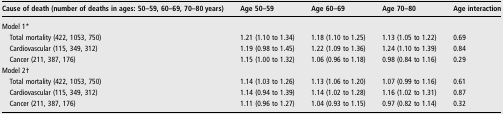
<table><thead><tr><td><b>Cause of death (number of deaths in ages: 50–59, 60–69, 70–80 years)</b></td><td><b>Age 50–59</b></td><td><b>Age 60–69</b></td><td><b>Age 70–80</b></td><td><b>Age interaction</b></td></tr></thead><tbody><tr><td colspan="5">Model 1*</td></tr><tr><td> Total mortality (422, 1053, 750)</td><td>1.21 (1.10 to 1.34)</td><td>1.18 (1.10 to 1.25)</td><td>1.13 (1.05 to 1.22)</td><td>0.69</td></tr><tr><td> Cardiovascular (115, 349, 312)</td><td>1.19 (0.98 to 1.45)</td><td>1.22 (1.09 to 1.36)</td><td>1.24 (1.10 to 1.39)</td><td>0.84</td></tr><tr><td> Cancer (211, 387, 176)</td><td>1.15 (1.00 to 1.32)</td><td>1.06 (0.96 to 1.18)</td><td>0.98 (0.84 to 1.16)</td><td>0.29</td></tr><tr><td colspan="5">Model 2†</td></tr><tr><td> Total mortality (422, 1053, 750)</td><td>1.14 (1.03 to 1.26)</td><td>1.13 (1.06 to 1.20)</td><td>1.07 (0.99 to 1.16)</td><td>0.61</td></tr><tr><td> Cardiovascular (115, 349, 312)</td><td>1.14 (0.94 to 1.39)</td><td>1.14 (1.02 to 1.28)</td><td>1.16 (1.02 to 1.31)</td><td>0.87</td></tr><tr><td> Cancer (211, 387, 176)</td><td>1.11 (0.96 to 1.27)</td><td>1.04 (0.93 to 1.15)</td><td>0.97 (0.82 to 1.14)</td><td>0.32</td></tr></tbody></table>